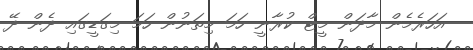
އަހަރެމެން މާދަން މީޓް ކުރާނީ ހަމަ މިތަނުން ހަމަ މިގަޑީގައި ދެން ދޭ